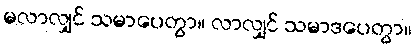
မလာလျှင် သမာပေတွာ။ လာလျှင် သမာဒပေတွာ။